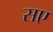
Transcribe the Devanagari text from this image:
सए